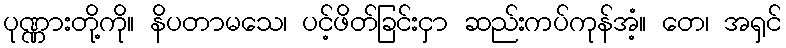
ပုဏ္ဏားတို့ကို။ နိပတာမသေ၊ ပင့်ဖိတ်ခြင်းငှာ ဆည်းကပ်ကုန်အံ့။ တေ၊ အရှင်